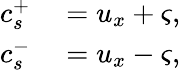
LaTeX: \begin{array}{rl}{c_{s}^{+}}&{{}=u_{x}+\varsigma,}\\ {c_{s}^{-}}&{{}=u_{x}-\varsigma,}\end{array}